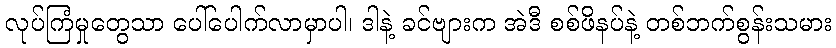
လုပ်ကြံမှုတွေသာ ပေါ်ပေါက်လာမှာပါ၊ ဒါနဲ့ ခင်ဗျားက အဲဒီ စစ်ဖိနပ်နဲ့ တစ်ဘက်စွန်းသမား